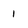
Character: 1